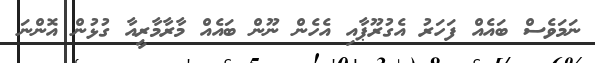
ނަމަވެސް ބައެއް ފަހަރު އެގުރޫޕާއި އެހެން ނޫން ބައެއް މާރާމާރީއާ ގުޅުން އޮންނަ